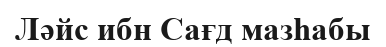
Ләйс ибн Сағд мазһабы